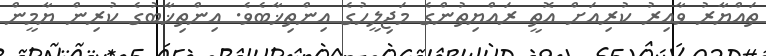
ތައްޔާރު ވާއިރު ކުރިއަށް އޮތީ ރައްޔިތުންގެ މަޖިލީހުގެ އިންތިޚާބެވެ. އިންތިޚާބުގެ ކުރިން ޔާމީން